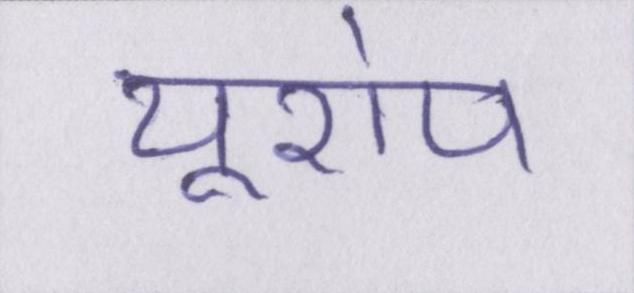
यूरोप